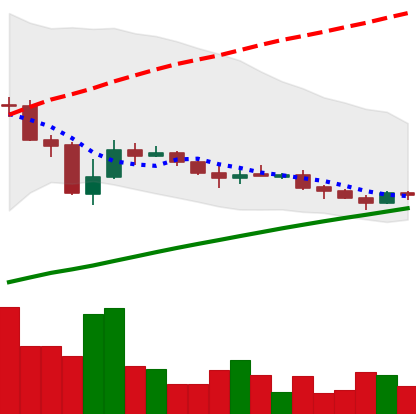
Ticker: LINK-USD
Chart end date: 2019-08-01
Forward return: 12.81%
Label: up_7plus